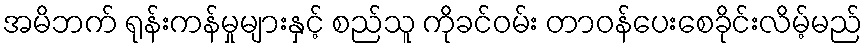
အမိဘက် ရုန်းကန်မှုများနှင့် စည်သူ ကိုခင်ဝမ်း တာဝန်ပေးစေခိုင်းလိမ့်မည်